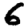
Digit: 6